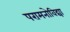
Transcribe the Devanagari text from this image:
परामनोविद्या